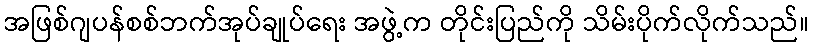
အဖြစ်ဂျပန်စစ်ဘက်အုပ်ချုပ်ရေး အဖွဲ့က တိုင်းပြည်ကို သိမ်းပိုက်လိုက်သည်။